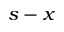
s - x